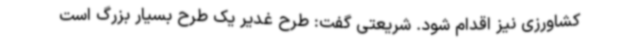
کشاورزی نیز اقدام‌ شود. شریعتی گفت: طرح غدیر یک طرح بسیار بزرگ است